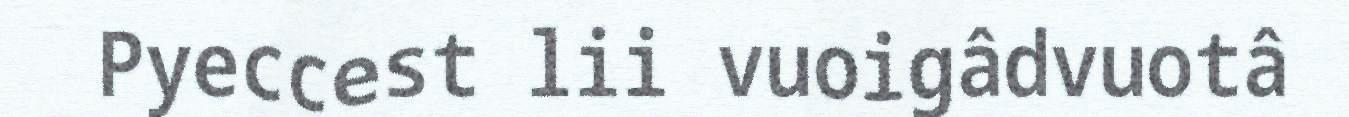
Pyeccest lii vuoigâdvuotâ